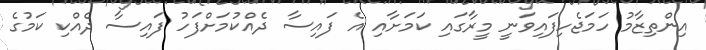
އިންތިޒާމު ހަމަޖެހިފައިވަނީ މީރާގައި ކަމަށާއި އެ ފައިސާ ދެއްކުމަށްފަހު ފައިސާ ދެއްކި ކަމުގެ